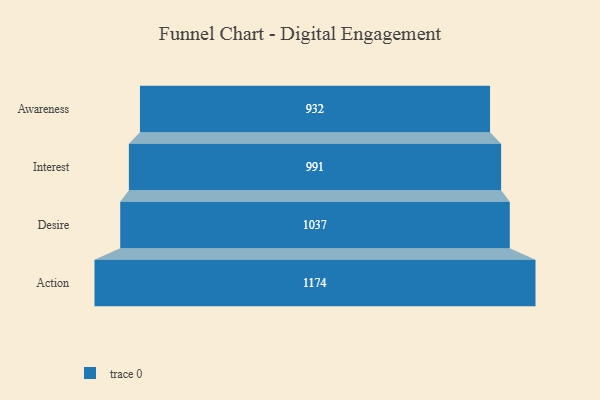
{"axis": {"x": "Stage", "y": "Value"}, "legend": [""], "data": [{"x": "Awareness", "y": 932.0, "type": ""}, {"x": "Interest", "y": 991.0, "type": ""}, {"x": "Desire", "y": 1037.0, "type": ""}, {"x": "Action", "y": 1174.0, "type": ""}]}